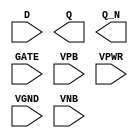
/**
 * Copyright 2020 The SkyWater PDK Authors
 *
 * Licensed under the Apache License, Version 2.0 (the "License");
 * you may not use this file except in compliance with the License.
 * You may obtain a copy of the License at
 *
 *     https://www.apache.org/licenses/LICENSE-2.0
 *
 * Unless required by applicable law or agreed to in writing, software
 * distributed under the License is distributed on an "AS IS" BASIS,
 * WITHOUT WARRANTIES OR CONDITIONS OF ANY KIND, either express or implied.
 * See the License for the specific language governing permissions and
 * limitations under the License.
 *
 * SPDX-License-Identifier: Apache-2.0
 */

`ifndef SKY130_FD_SC_LS__DLXBP_PP_SYMBOL_V
`define SKY130_FD_SC_LS__DLXBP_PP_SYMBOL_V

/**
 * dlxbp: Delay latch, non-inverted enable, complementary outputs.
 *
 * Verilog stub (with power pins) for graphical symbol definition
 * generation.
 *
 * WARNING: This file is autogenerated, do not modify directly!
 */

`timescale 1ns / 1ps
`default_nettype none

(* blackbox *)
module sky130_fd_sc_ls__dlxbp (
    //# {{data|Data Signals}}
    input  D   ,
    output Q   ,
    output Q_N ,

    //# {{clocks|Clocking}}
    input  GATE,

    //# {{power|Power}}
    input  VPB ,
    input  VPWR,
    input  VGND,
    input  VNB
);
endmodule

`default_nettype wire
`endif  // SKY130_FD_SC_LS__DLXBP_PP_SYMBOL_V